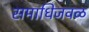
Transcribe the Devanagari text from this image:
समाधिजवळ